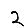
Digit: 2